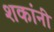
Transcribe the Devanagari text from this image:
शकांनी